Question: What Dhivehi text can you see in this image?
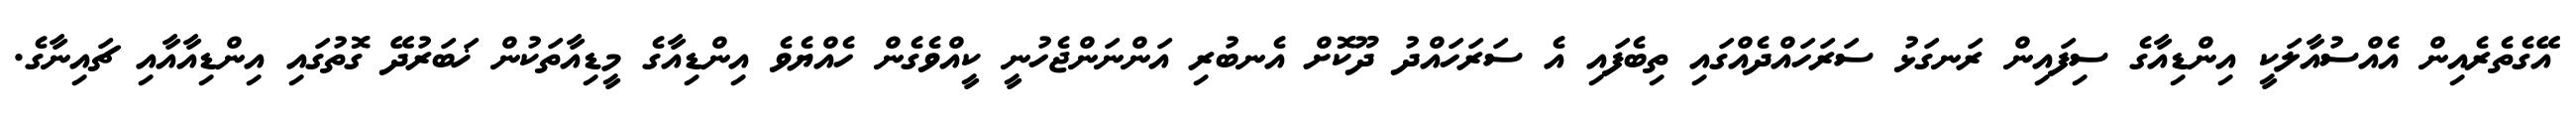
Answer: އޭގެތެރެއިން އެއްސުއާލަކީ އިންޑިއާގެ ސިފައިން ރަނގަޅު ސަރަހައްދެއްގައި ތިބެފައި އެ ސަރަހައްދު ދޫކޮށް އެނބުރި އަންނަންޖެހުނީ ކީއްވެގެން ހެއްޔެވެ އިންޑިއާގެ މީޑިއާތަކުން ޚަބަރުދޭ ގޮތުގައި އިންޑިއާއާއި ޗައިނާގެ.